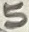
Text: 5